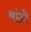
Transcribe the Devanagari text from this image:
मांडो